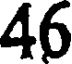
46